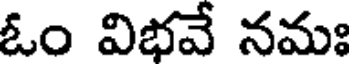
ఓం విభవే నమః